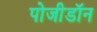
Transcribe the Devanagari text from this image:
पोजीडॉन